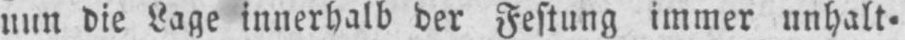
nun die Lage innerhalb der Festung immer unhalt⸗